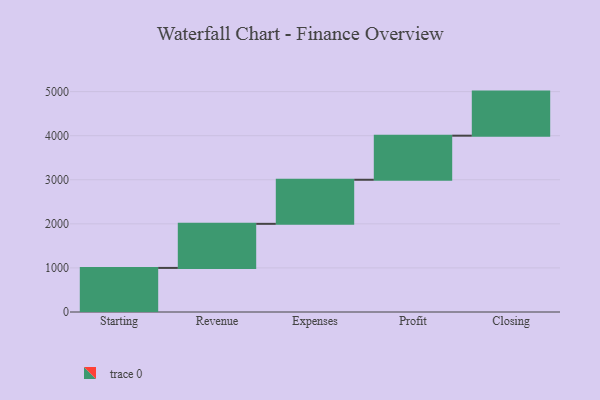
{"axis": {"x": "Step", "y": "Value"}, "legend": [""], "data": [{"x": "Starting", "y": 1000, "type": ""}, {"x": "Revenue", "y": 1000, "type": ""}, {"x": "Expenses", "y": 1000, "type": ""}, {"x": "Profit", "y": 1000, "type": ""}, {"x": "Closing", "y": 1000, "type": ""}]}